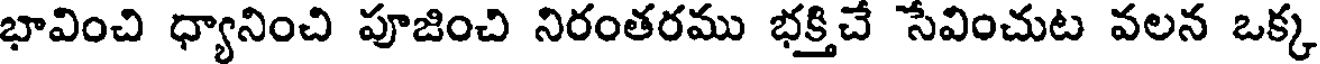
భావించి ధ్యానించి పూజించి నిరంతరము భక్తిచే సేవించుట వలన ఒక్క